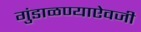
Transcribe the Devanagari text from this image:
गुंडाळण्याऐवजी